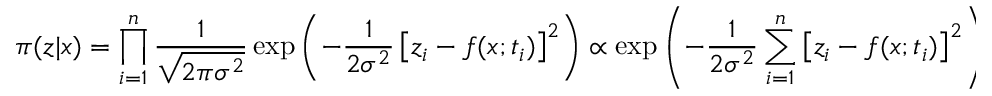
\pi ( z | x ) = \prod _ { i = 1 } ^ { n } \frac { 1 } { \sqrt { 2 \pi \sigma ^ { 2 } } } \exp \left( - \frac { 1 } { 2 \sigma ^ { 2 } } \left[ z _ { i } - f ( x ; t _ { i } ) \right] ^ { 2 } \right) \propto \exp \left( - \frac { 1 } { 2 \sigma ^ { 2 } } \sum _ { i = 1 } ^ { n } \left[ z _ { i } - f ( x ; t _ { i } ) \right] ^ { 2 } \right) .